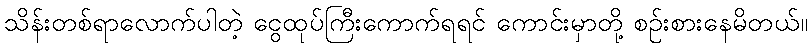
သိန်းတစ်ရာလောက်ပါတဲ့ ငွေထုပ်ကြီးကောက်ရရင် ကောင်းမှာတို့ စဉ်းစားနေမိတယ်။